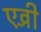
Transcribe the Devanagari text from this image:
एव़्री